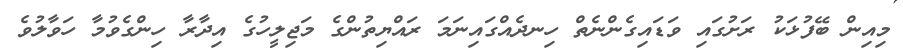
މިއިން ބޭފުޅަކު ރަށުގައި ވަޑައިގެންނެތް ހިނދެއްގައިނަމަ ރައްޔިތުންގެ މަޖިލީހުގެ އިދާރާ ހިންގެވުމާ ހަވާލުވެ